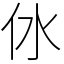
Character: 㲻